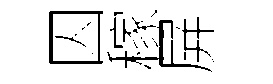
囚稼屏